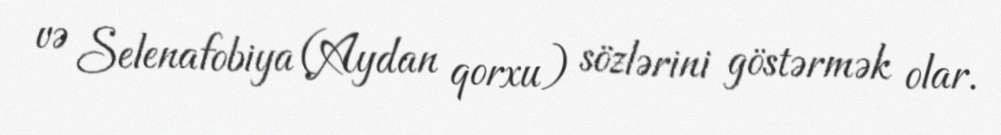
və Selenafobiya (Aydan qorxu) sözlərini göstərmək olar.